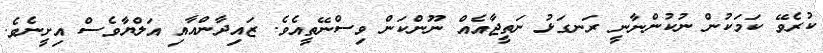
ކުރެވޭ ކަމަކުން ނުކުންނާނީ ރަނގަޅު ނަތީޖާއެއް ނޫންކަން ވިސްނޭތީއެވެ. ޒައިދާންއާއި އަލްޔާވެސް އިށީނެވެ.